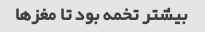
بیشتر تخمه بود تا مغزها